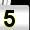
Digit: 5